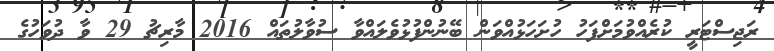
ރަޖިސްޓަރީ ކުރެއްވުމަށްފަހު ހުށަހަޅުއްވަން ބޭނުންފުޅުވެލައްވާ ސުވާލުތައް 2016 މާރިޗު 29 ވާ ދުވަހުގެ